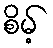
စိမ့်